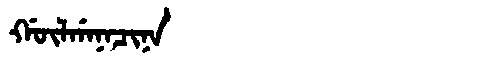
Manchu: ᡤᡡᠯᡤᠠᠨᠠᠴᡳᠨᠠ
Romanization: GŪLGANACINA